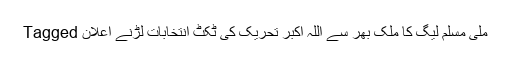
Tagged ملی مسلم لیگ کا ملک بھر سے اللہ اکبر تحریک کی ٹکٹ انتخابات لڑنے اعلان